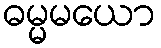
ဓမ္မမယော